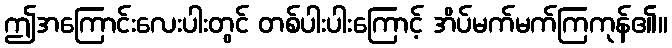
ဤအကြောင်းလေးပါးတွင် တစ်ပါးပါးကြောင့် အိပ်မက်မက်ကြကုန်၏။